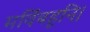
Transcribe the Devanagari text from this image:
मविंबहूनि।